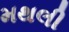
મથલી